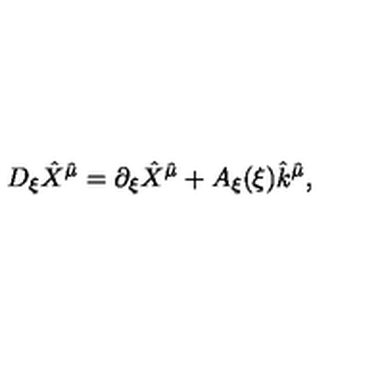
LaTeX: D _ { \xi } \hat { X } ^ { \hat { \mu } } = \partial _ { \xi } \hat { X } ^ { \hat { \mu } } + A _ { \xi } ( \xi ) \hat { k } ^ { \hat { \mu } } ,